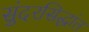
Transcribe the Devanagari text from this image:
सुंदरसिद्धांत